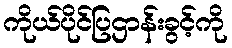
ကိုယ်ပိုင်ပြဌာန်းခွင့်ကို